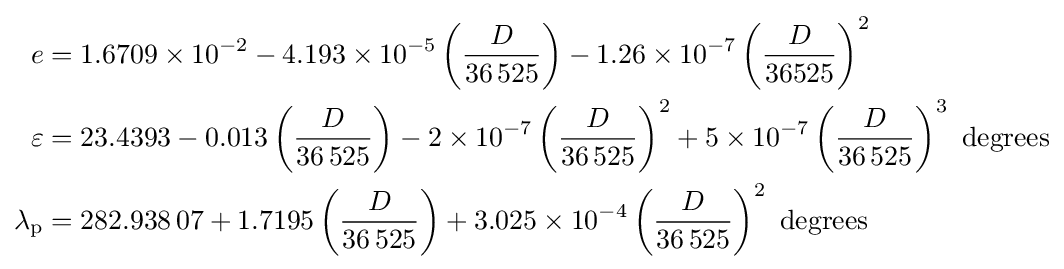
{\begin{aligned}e&=1.6709\times 10^{-2}-4.193\times 10^{-5}\left({\frac {D}{36\,525}}\right)-1.26\times 10^{-7}\left({\frac {D}{36525}}\right)^{2}\\\varepsilon &=23.4393-0.013\left({\frac {D}{36\,525}}\right)-2\times 10^{-7}\left({\frac {D}{36\,525}}\right)^{2}+5\times 10^{-7}\left({\frac {D}{36\,525}}\right)^{3}{\mbox{ degrees}}\\\lambda _{\mathrm {p} }&=282.938\,07+1.7195\left({\frac {D}{36\,525}}\right)+3.025\times 10^{-4}\left({\frac {D}{36\,525}}\right)^{2}{\mbox{ degrees}}\end{aligned}}